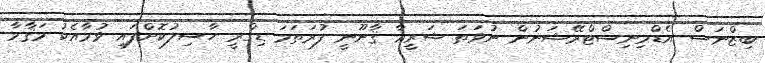
ބިޒްނަސް އެޑްމިނިސްޓްރޭޝަނުން ނުވަތަ ޝަރީޢާ ޤާނޫނީ ފުރަތަމަ ޑިގްރީ ހާސިލުކޮށްފައި ވުމާއެކު މަޤާމާ